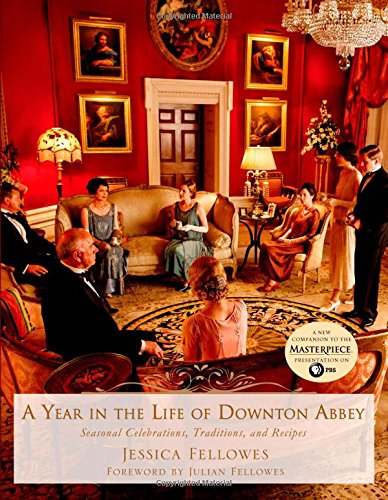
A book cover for A Year in the Life of Downton Abbey: Seasonal Celebrations, Traditions, and Recipes; Jessica Fellowes; Humor & Entertainment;